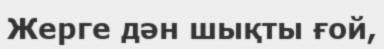
Жерге дән шықты ғой,